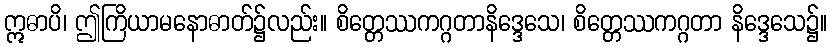
ဣဓာပိ၊ ဤကြိယာမနောဓာတ်၌လည်း။ စိတ္တေဿကဂ္ဂတာနိဒ္ဒေသေ၊ စိတ္တေဿကဂ္ဂတာ နိဒ္ဒေသေ၌။